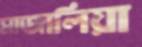
মাজালিয়া